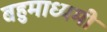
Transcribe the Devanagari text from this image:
बहुमाध्यमी